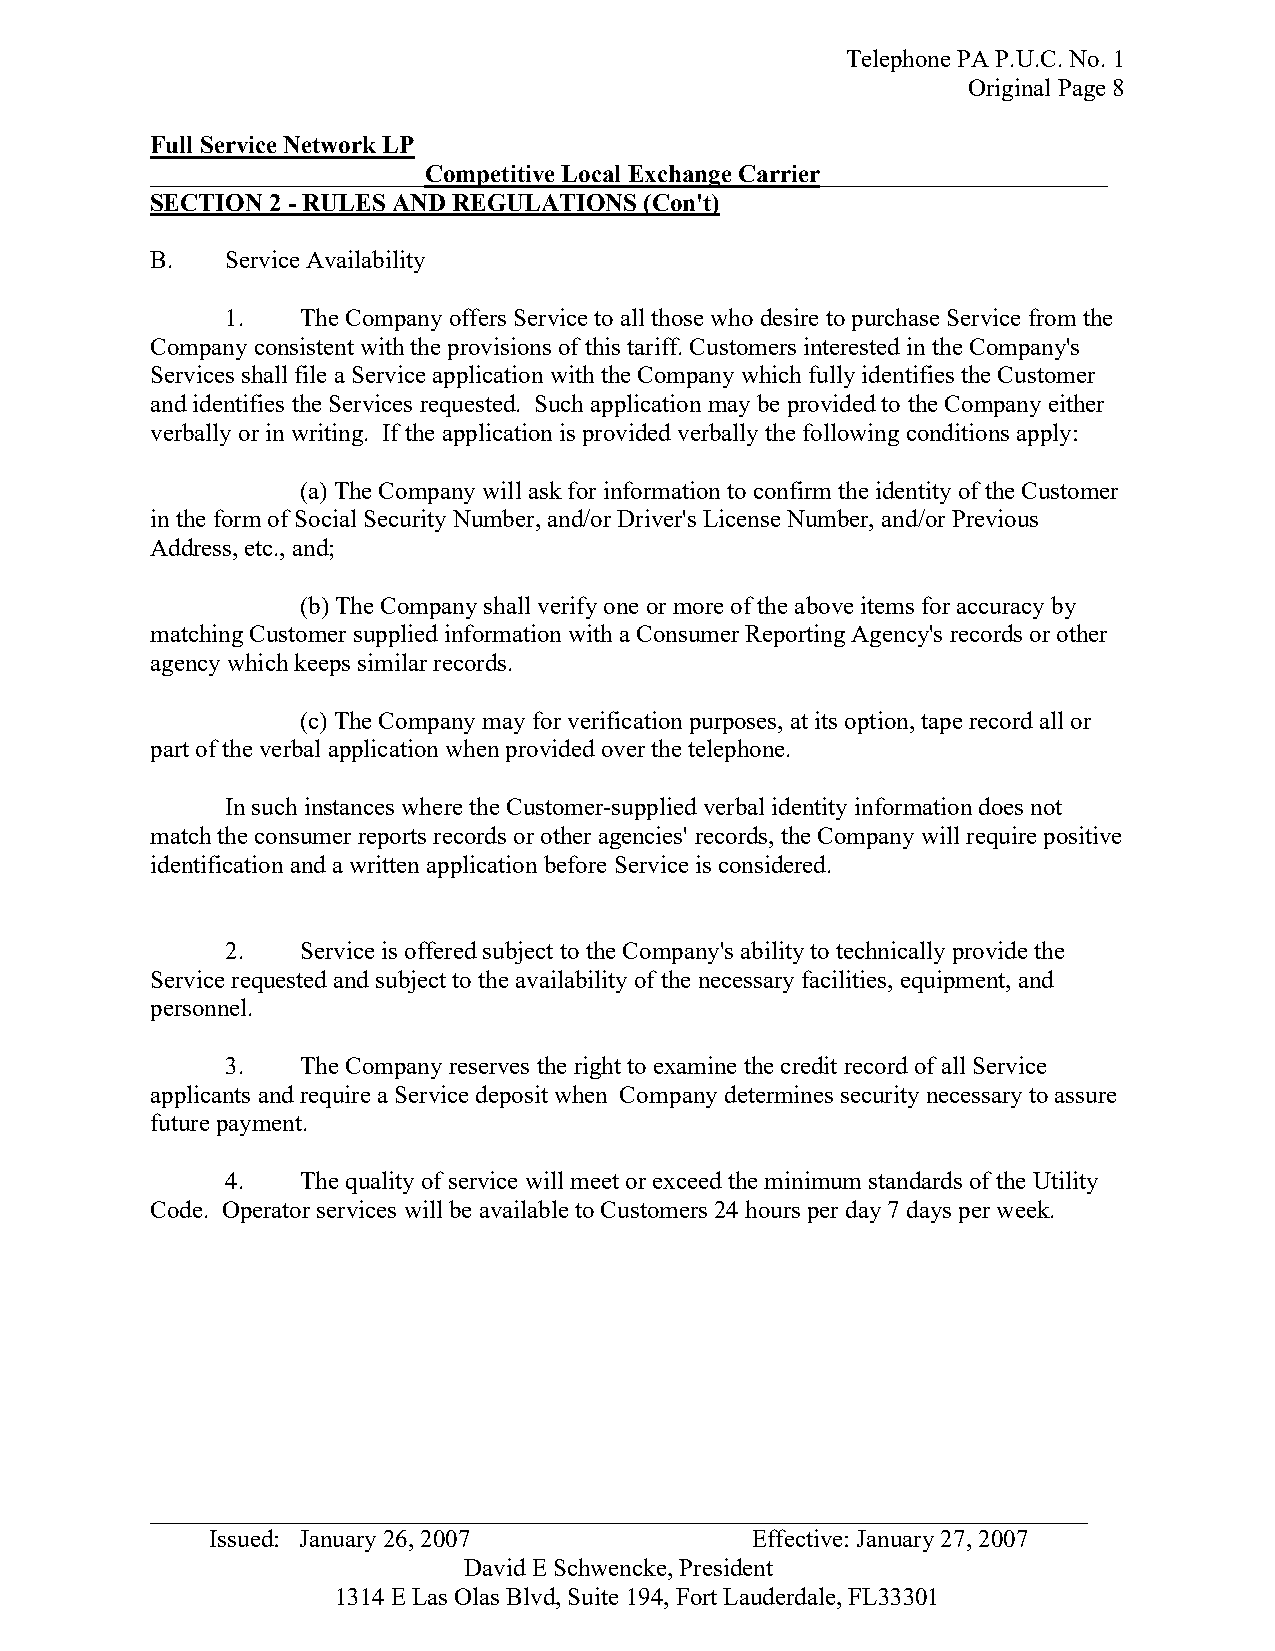
Telephone PA P.U.C. No. 1
 Original Page 8
 Full Service Network LP
 ______________________Competitive Local Exchange Carrier_______________________
 SECTION 2 - RULES AND REGULATIONS (Con't)
 B.   Service Availability
 1.   The Company offers Service to all those who desire to purchase Service from the
 Company consistent with the provisions of this tariff. Customers interested in the Company's
 Services shall file a Service application with the Company which fully identifies the Customer
 and identifies the Services requested. Such application may be provided to the Company either
 verbally or in writing. If the application is provided verbally the following conditions apply:
 (a) The Company will ask for information to confirm the identity of the Customer
 in the form of Social Security Number, and/or Driver's License Number, and/or Previous
 Address, etc., and;
 (b) The Company shall verify one or more of the above items for accuracy by
 matching Customer supplied information with a Consumer Reporting Agency's records or other
 agency which keeps similar records.
 (c) The Company may for verification purposes, at its option, tape record all or
 part of the verbal application when provided over the telephone.
 In such instances where the Customer-supplied verbal identity information does not
 match the consumer reports records or other agencies' records, the Company will require positive
 identification and a written application before Service is considered.
 2.   Service is offered subject to the Company's ability to technically provide the
 Service requested and subject to the availability of the necessary facilities, equipment, and
 personnel.
 3.   The Company reserves the right to examine the credit record of all Service
 applicants and require a Service deposit when Company determines security necessary to assure
 future payment.
 4.   The quality of service will meet or exceed the minimum standards of the Utility
 Code. Operator services will be available to Customers 24 hours per day 7 days per week.
 _ __________________________________________________________________________
 Issued: January 26, 2007            Effective: January 27, 2007
 David E Schwencke, President
 1314 E Las Olas Blvd, Suite 194, Fort Lauderdale, FL33301